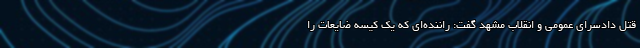
قتل دادسرای عمومی و انقلاب مشهد گفت: راننده‌ای که یک کیسه ضایعات را